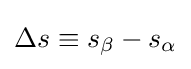
\Delta s\equiv s_{\beta }-s_{\alpha }